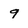
Character: 9